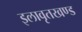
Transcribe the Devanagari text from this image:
इलावृतखण्ड